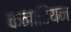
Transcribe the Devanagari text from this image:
कनाडियन